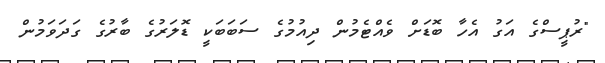
"ރުޕީސްގެ އަގު އެހާ ބޮޑަށް ވެއްޓެމުން ދިއުމުގެ ސަބަބަކީ ޑޮލަރުގެ ބާރުގެ ގަދަވަމުން